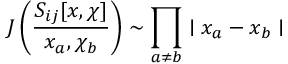
J \left( \frac { S _ { i j } [ x , \chi ] } { x _ { a } , \chi _ { b } } \right) \sim \prod _ { a \neq b } \mid x _ { a } - x _ { b } \mid